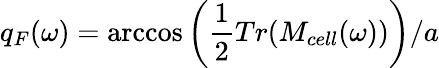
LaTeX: q_{F}(\omega)=\operatorname{arccos}\left(\frac{1}{2}Tr(M_{cell}(\omega))\right)/a